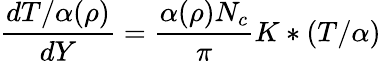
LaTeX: {\frac{dT/\alpha(\rho)}{dY}}={\frac{\alpha(\rho)N_{c}}{\pi}}K\ast(T/\alpha)